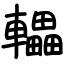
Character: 轠